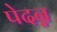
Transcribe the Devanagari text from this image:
पेदन्न